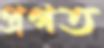
প্রগত